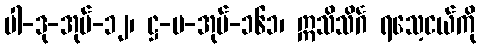
ပါ-ဒု-အုပ်-၁၂၊ ဋ္ဌ-မ-အုပ်-၁၆၁၊ ဣသိသိင်္ဂ ရသေ့ငယ်ကို